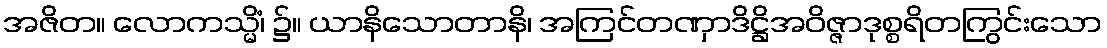
အဇိတ။ လောကသ္မိံ၊ ၌။ ယာနိသောတာနိ၊ အကြင်တဏှာဒိဋ္ဌိအဝိဇ္ဇာဒုစ္စရိတကြွင်းသော